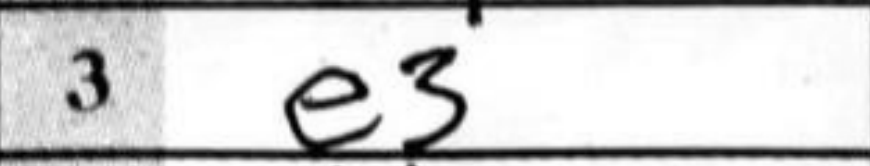
Transcription: e3